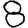
Digit: 8